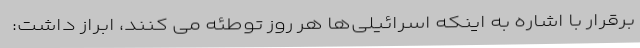
برقرار با اشاره به اینکه اسرائیلی‌ها هر روز توطئه می کنند، ابراز داشت: